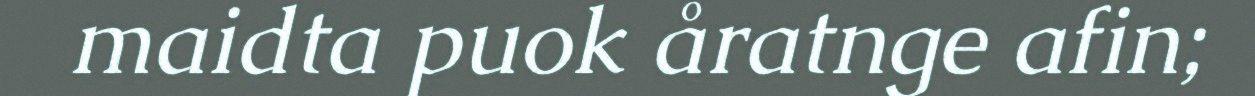
maidta puok åratnge afin;